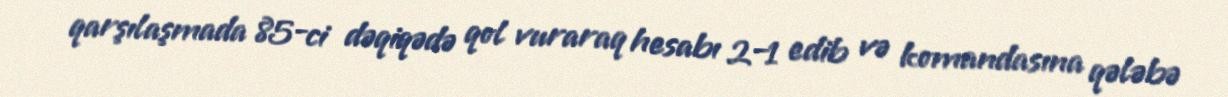
qarşılaşmada 85-ci dəqiqədə qol vuraraq hesabı 2–1 edib və komandasına qələbə